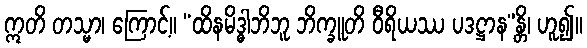
ဣတိ တသ္မာ၊ ကြောင့်။ “ထိနမိဒ္ဓါဘိဘူ ဘိက္ခူတိ ဝီရိယဿ ပဒဋ္ဌာန”န္တိ၊ ဟူ၍။